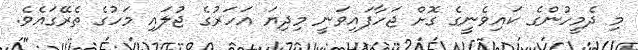
މި ދެމީހުންގެ ކައިވެނީގެ ގޮށް ޖަހާފައިވަނީ މިދިޔަ އަހަރުގެ ޖުލައި މަހުގެ ތެރޭގައެވެ.